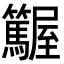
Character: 𡳽